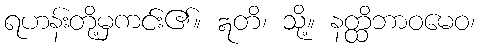
ရဟန်းတို့မှကင်း၏။ ဣတိ၊ သို့။ နတ္ထိဘာဝမေဝ၊